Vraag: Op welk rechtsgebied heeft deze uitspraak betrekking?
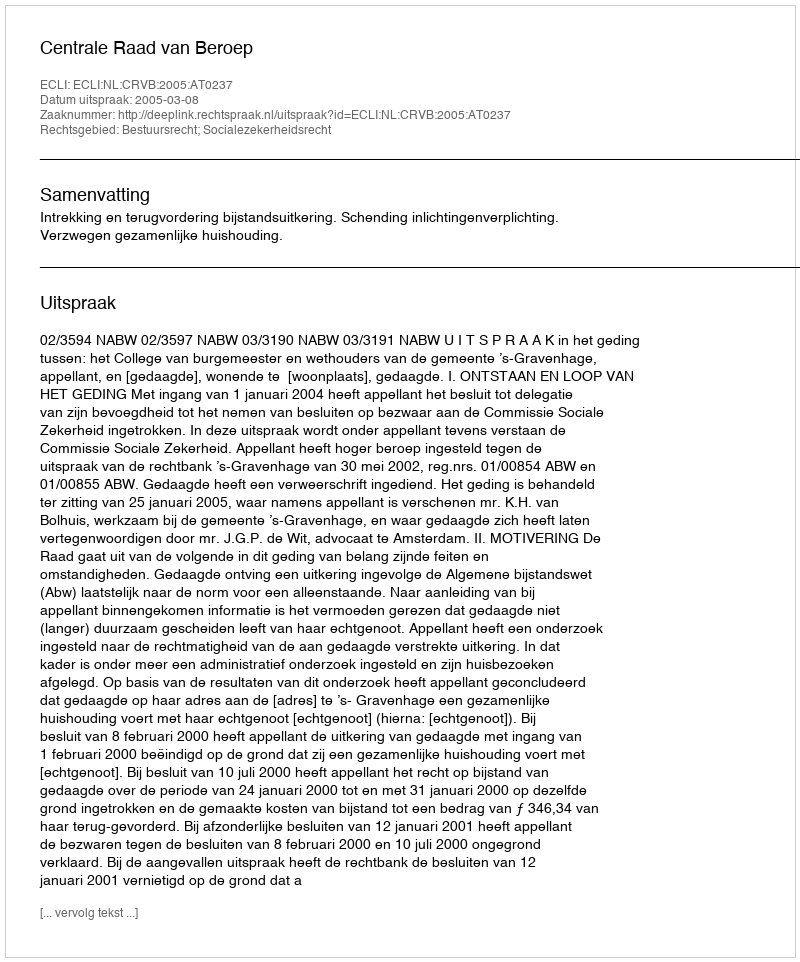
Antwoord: Bestuursrecht; Socialezekerheidsrecht